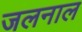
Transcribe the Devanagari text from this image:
जलनाल